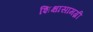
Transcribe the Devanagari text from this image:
शिक्षासामग्री